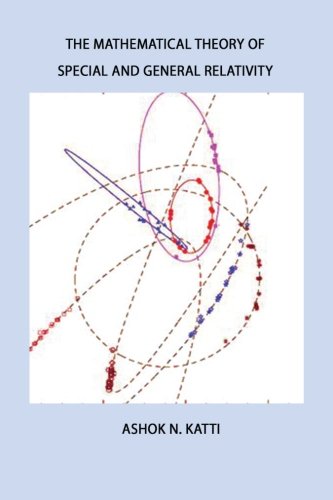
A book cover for The Mathematical Theory of Special and General Relativity; Ashok N Katti; Science & Math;